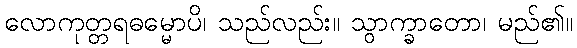
လောကုတ္တရဓမ္မောပိ၊ သည်လည်း။ သွာက္ခာတော၊ မည်၏။